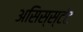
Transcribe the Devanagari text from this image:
असिस्स्टंट